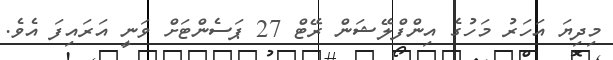
މިދިޔަ އަހަރު މަހުގެ އިންފްލޭޝަން ރޭޓް 27 ޕަސެންޓަށް ވަނީ އަރައިފަ އެވެ.